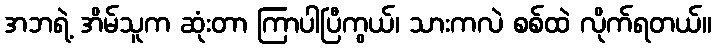
အဘရဲ့ အိမ်သူက ဆုံးတာ ကြာပါပြီကွယ်၊ သားကလဲ စစ်ထဲ လိုက်ရတယ်။